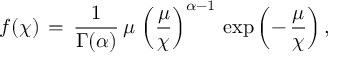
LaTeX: f ( \chi ) \, = \, \frac { 1 } { \Gamma ( \alpha ) } \, \mu \, \left( \frac { \mu } { \chi } \right) ^ { \alpha - 1 } \, \exp \left( - \, \frac { \mu } { \chi } \right) ,